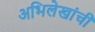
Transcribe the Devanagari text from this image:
अभिलेखांची